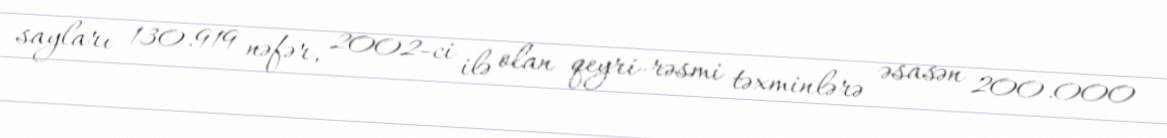
sayları 130.919 nəfər, 2002-ci ilə olan qeyri-rəsmi təxminlərə əsasən 200.000